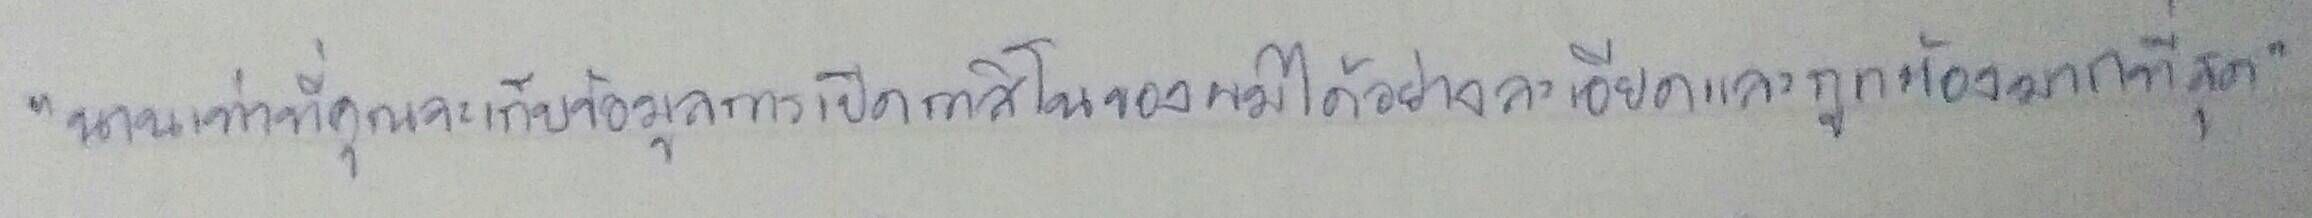
"นานเท่าที่คุณจะเก็บข้อมูลการเปิดกาสิโนของผมได้อย่างละเอียดและถูกต้องมากที่สุด"